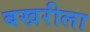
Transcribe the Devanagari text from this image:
बखरीला